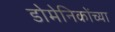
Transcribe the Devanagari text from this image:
डोमेनिकोंच्या